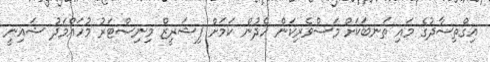
އިގްތިސާދުގެ މައި ތަނބަކަށް މަސްވެރިކަން ހެދުން ކަމަށް ފިޝަރީޒް މިނިސްޓަރު މުހައްމަދު ޝައިނީ